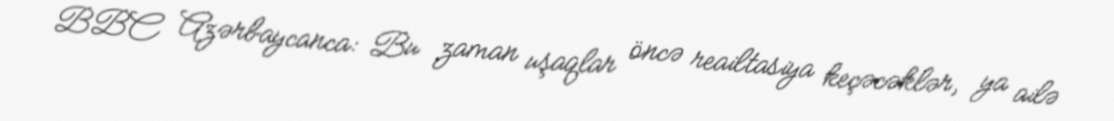
BBC Azərbaycanca: Bu zaman uşaqlar öncə reailtasiya keçəcəklər, ya ailə